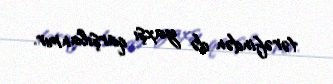
tərəfindən də yaxşı qarşılanmır.